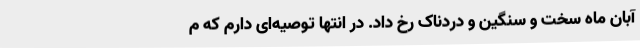
آبان ماه سخت و سنگین و دردناک رخ داد. در انتها توصیه‌ای دارم که م